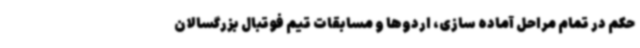
حکم در تمام مراحل آماده سازی، اردوها و مسابقات تیم فوتبال بزرگسالان